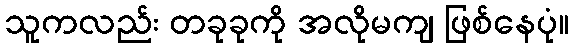
သူကလည်း တခုခုကို အလိုမကျ ဖြစ်နေပုံ။